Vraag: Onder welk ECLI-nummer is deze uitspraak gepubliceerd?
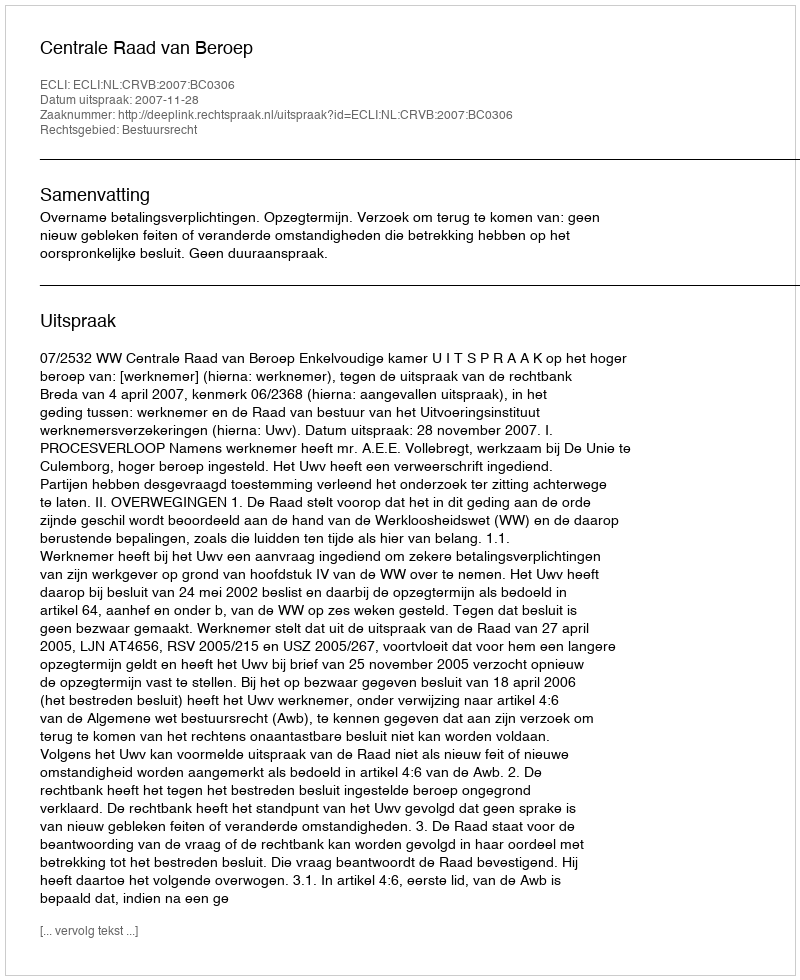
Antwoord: ECLI:NL:CRVB:2007:BC0306